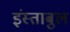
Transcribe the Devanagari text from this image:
इंस्ताबुल